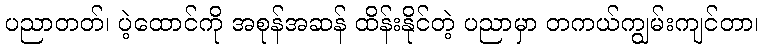
ပညာတတ်၊ ပဲ့ထောင်ကို အစုန်အဆန် ထိန်းနိုင်တဲ့ ပညာမှာ တကယ်ကျွမ်းကျင်တာ၊